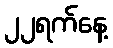
၂၂ရက်နေ့